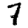
Digit: 7